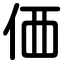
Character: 価